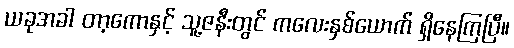
ယခုအခါ တာ့ကောနှင့် သူ့ဇနီးတွင် ကလေးနှစ်ယောက် ရှိနေကြပြီ။